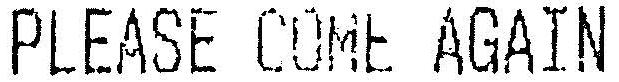
PLEASE COME AGAIN